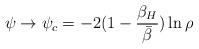
LaTeX: \begin{align*}\psi\rightarrow\psi_c=-2(1-{\beta_H \over \bar{\beta}}) \ln \rho\end{align*}